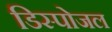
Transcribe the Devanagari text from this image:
डिस्पोजल